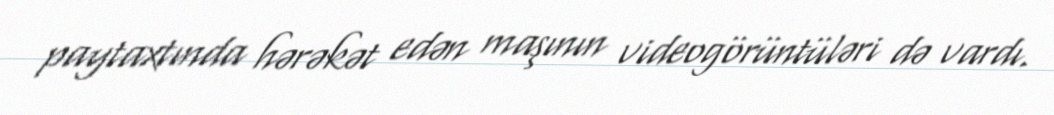
paytaxtında hərəkət edən maşının videogörüntüləri də vardı.